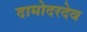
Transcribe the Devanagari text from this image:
दामोदरदेव